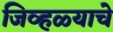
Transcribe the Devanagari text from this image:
जिव्हळ्याचे